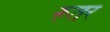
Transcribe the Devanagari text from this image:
रूतर